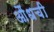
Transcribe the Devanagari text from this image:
औंधची